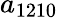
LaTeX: a_{1210}